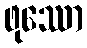
ဖုဿော